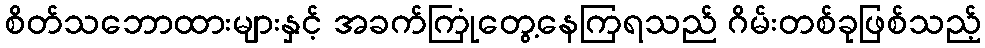
စိတ်သဘောထားများနှင့် အခက်ကြုံတွေ့နေကြရသည် ဂိမ်းတစ်ခုဖြစ်သည့်